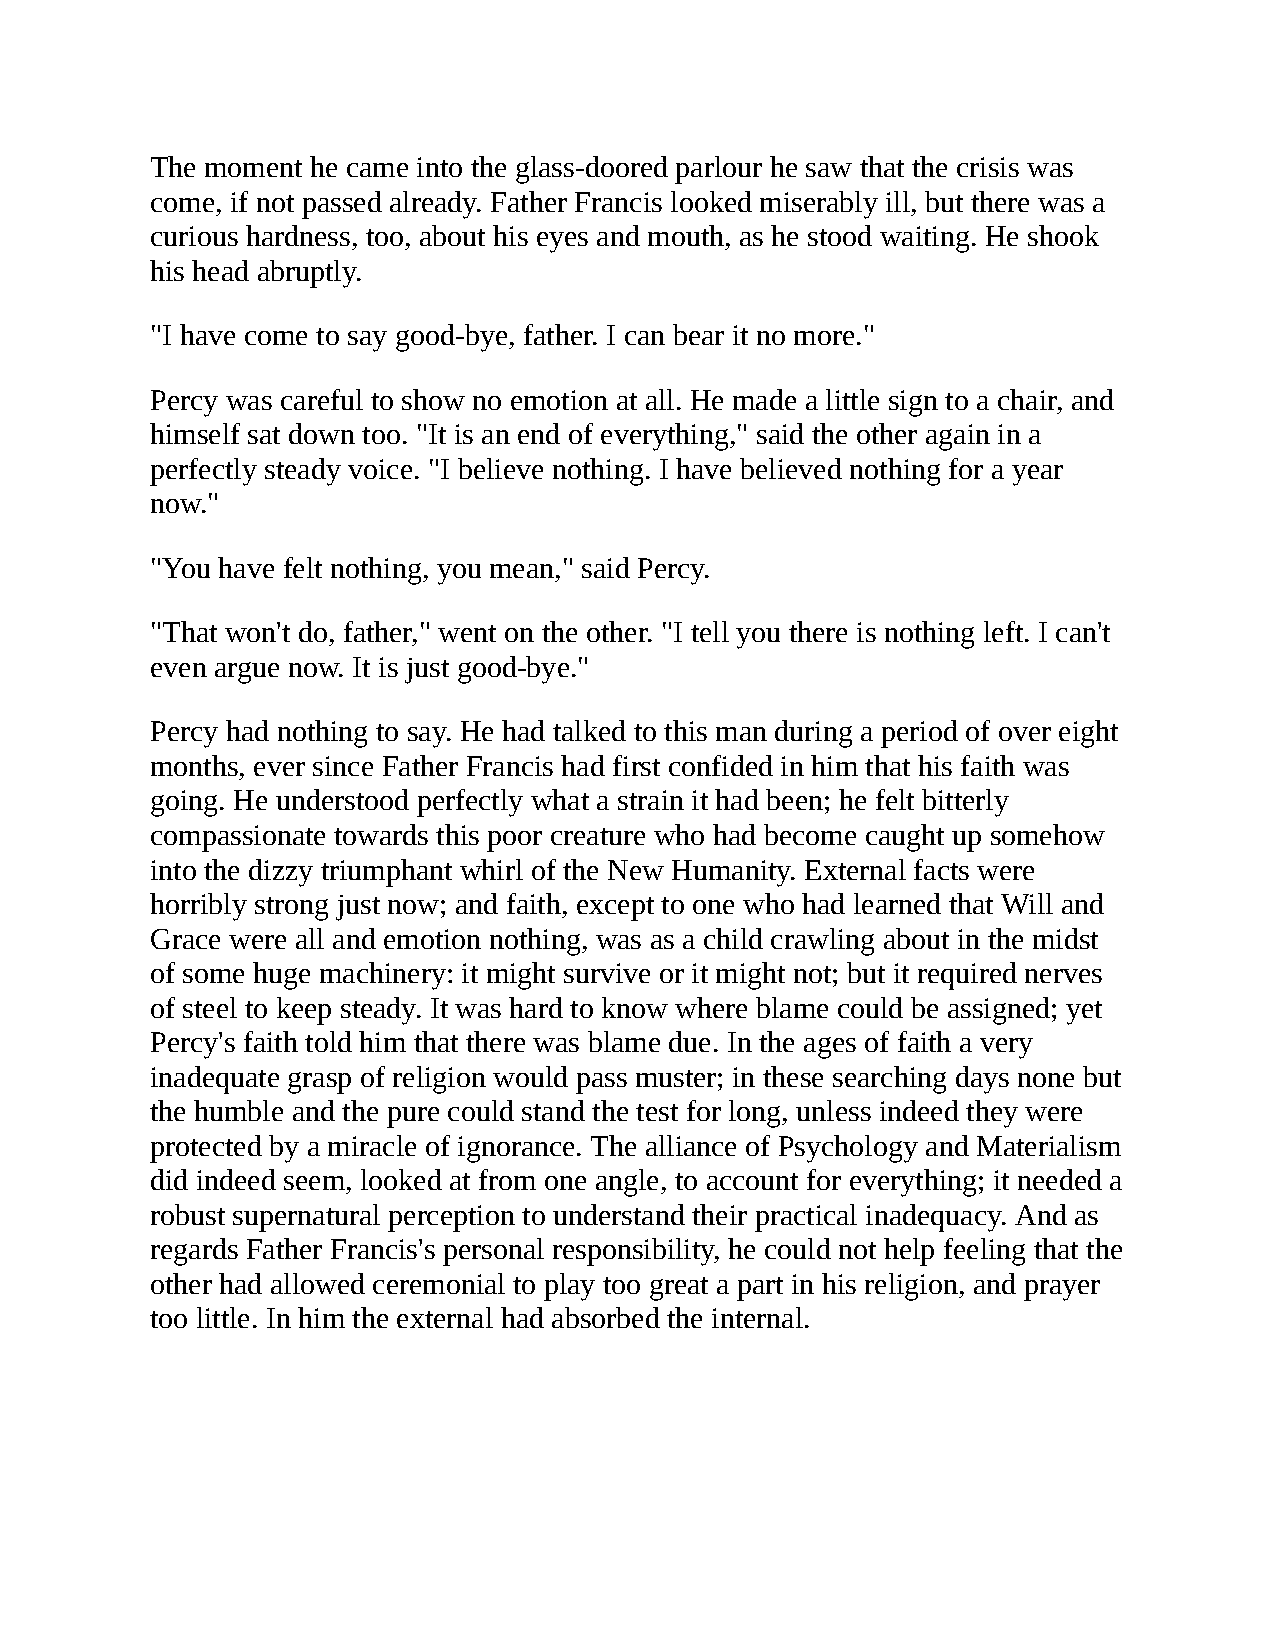
The moment he came into the glass-doored parlour he saw that the crisis was
 come, if not passed already. Father Francis looked miserably ill, but there was a
 curious hardness, too, about his eyes and mouth, as he stood waiting. He shook
 his head abruptly.
 "I have come to say good-bye, father. I can bear it no more."
 Percy was careful to show no emotion at all. He made a little sign to a chair, and
 himself sat down too. "It is an end of everything," said the other again in a
 perfectly steady voice. "I believe nothing. I have believed nothing for a year
 now."
 "You have felt nothing, you mean," said Percy.
 "That won't do, father," went on the other. "I tell you there is nothing left. I can't
 even argue now. It is just good-bye."
 Percy had nothing to say. He had talked to this man during a period of over eight
 months, ever since Father Francis had first confided in him that his faith was
 going. He understood perfectly what a strain it had been; he felt bitterly
 compassionate towards this poor creature who had become caught up somehow
 into the dizzy triumphant whirl of the New Humanity. External facts were
 horribly strong just now; and faith, except to one who had learned that Will and
 Grace were all and emotion nothing, was as a child crawling about in the midst
 of some huge machinery: it might survive or it might not; but it required nerves
 of steel to keep steady. It was hard to know where blame could be assigned; yet
 Percy's faith told him that there was blame due. In the ages of faith a very
 inadequate grasp of religion would pass muster; in these searching days none but
 the humble and the pure could stand the test for long, unless indeed they were
 protected by a miracle of ignorance. The alliance of Psychology and Materialism
 did indeed seem, looked at from one angle, to account for everything; it needed a
 robust supernatural perception to understand their practical inadequacy. And as
 regards Father Francis's personal responsibility, he could not help feeling that the
 other had allowed ceremonial to play too great a part in his religion, and prayer
 too little. In him the external had absorbed the internal.